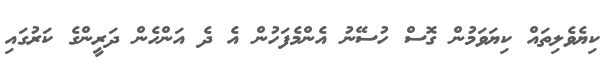
ކިޔެވެލިތައް ކިޔަވަމުން ގޮސް ހުސޭނު އެންމެފަހުން އެ ދެ އަންހެން ދަރީންގެ ކަރުގައި